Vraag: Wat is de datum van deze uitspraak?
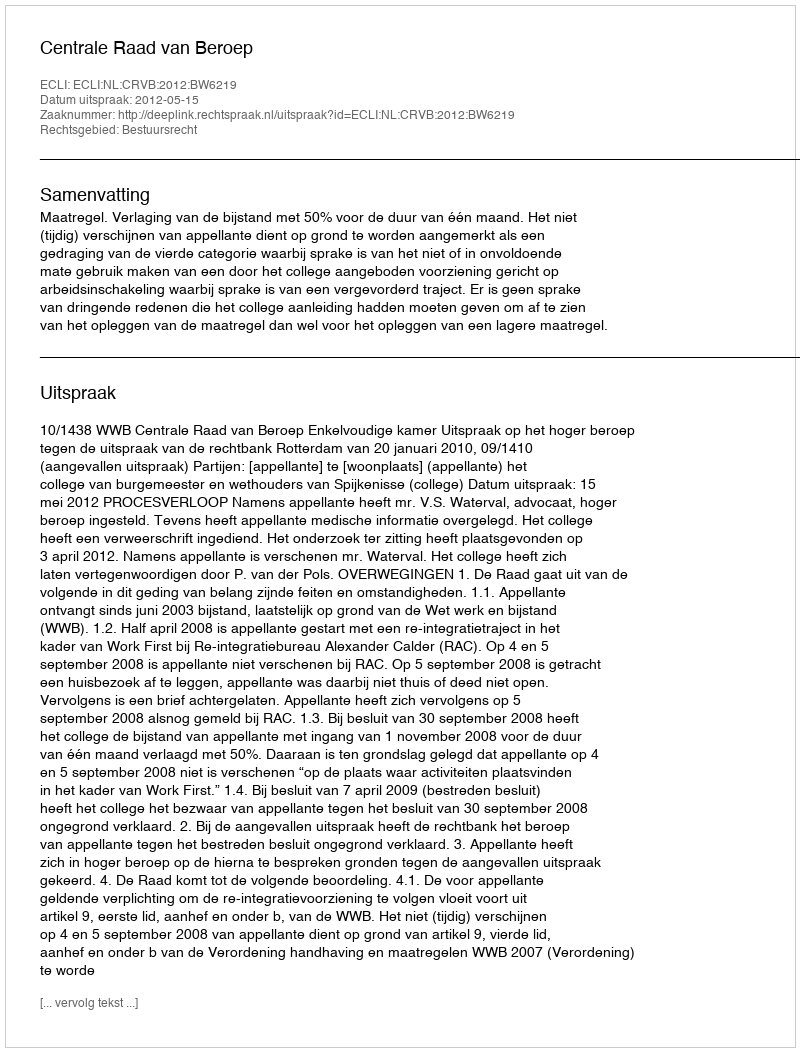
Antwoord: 2012-05-15